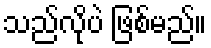
သည်လိုပဲ ဖြစ်မည်။